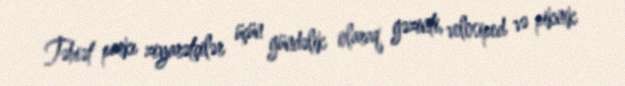
Təbiət parkı ziyarətçilər üçün gündəlik olaraq gəzinti, velosiped və piknik